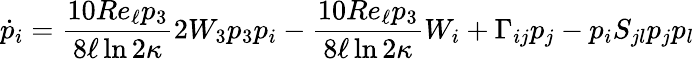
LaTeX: \dot{p}_{i}=\frac{10Re_{\ell}p_{3}}{8\ell\ln{2\kappa}}2W_{3}p_{3}p_{i}-\frac{10Re_{\ell}p_{3}}{8\ell\ln{2\kappa}}W_{i}+\Gamma_{ij}p_{j}-p_{i}S_{jl}p_{j}p_{l}